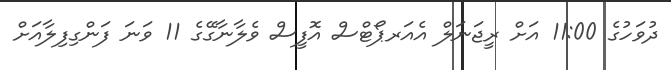
ދުވަހުގެ 11:00 އަށް ރީޖަނަލް އެއަރޕޯޓްސް އޮފީސް ވެލާނާގޭގެ 11 ވަނަ ފަންގިފިލާއަށް